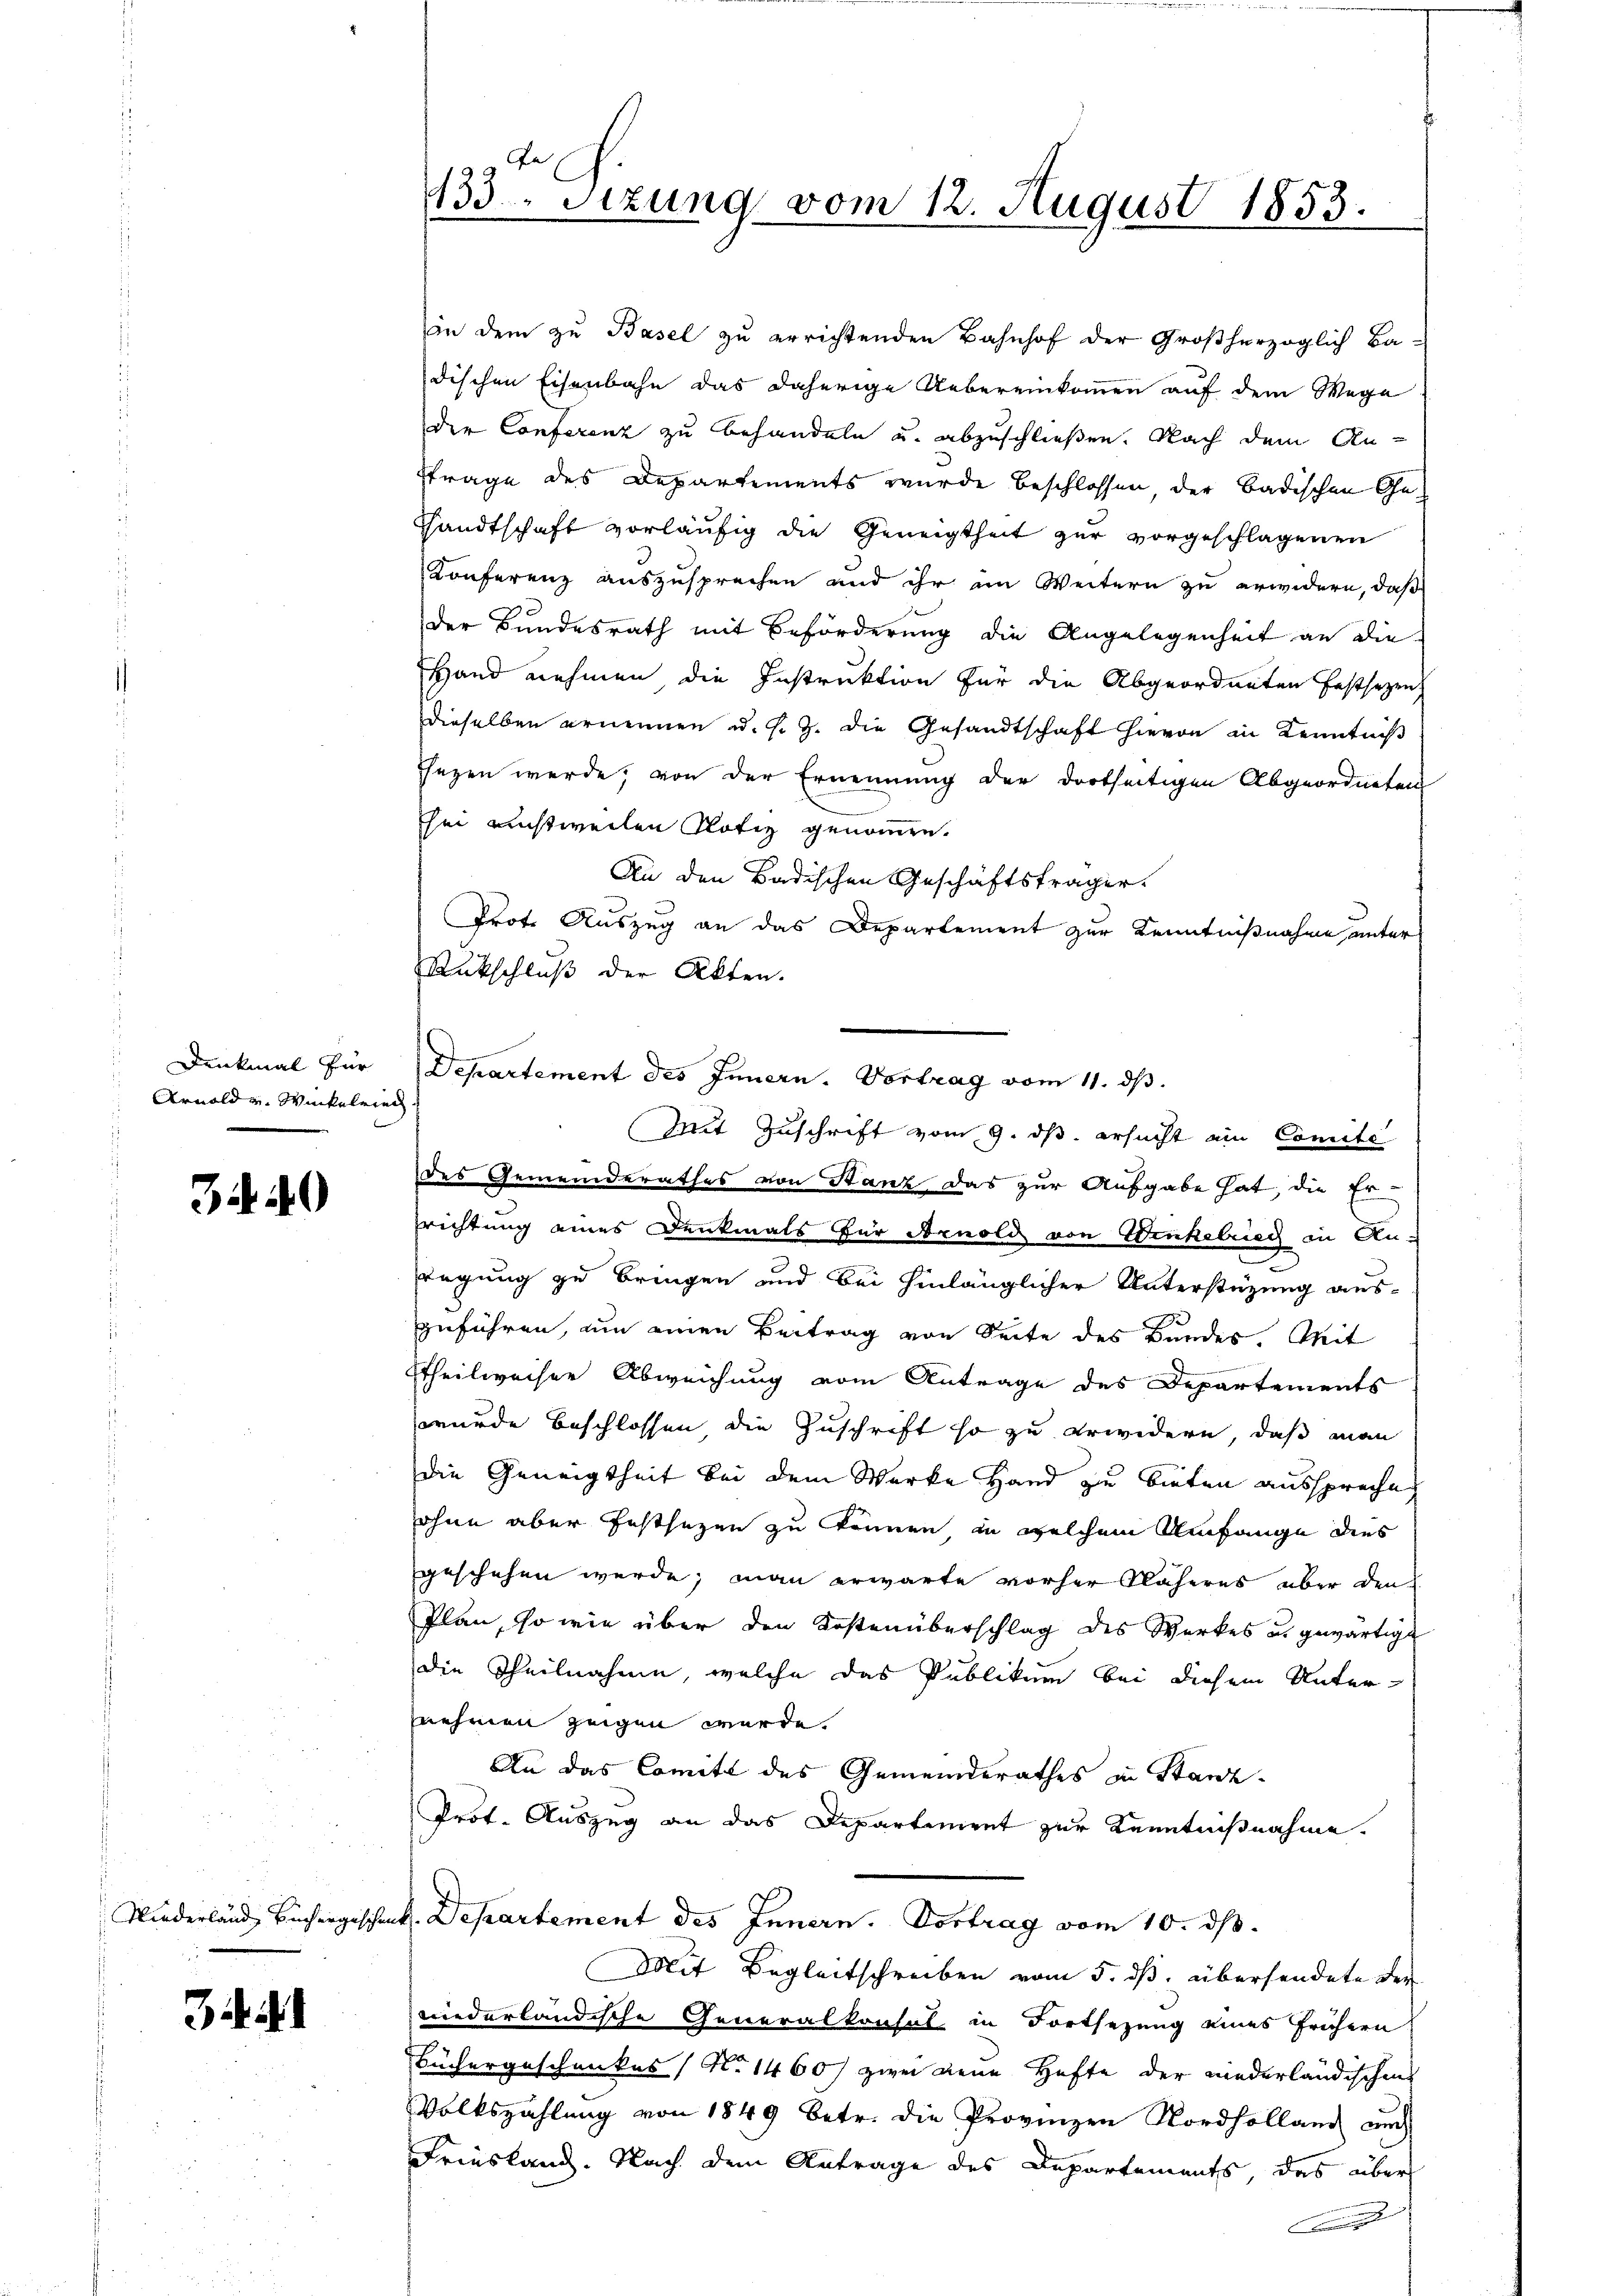
Denkmal für
Arnold u. Winkelried

34. 40

133. Sitzung vom 12. August 1853.

an dem zu Basel zu errichtenden Bahnhof der Großherzoglich Ba-
dischen Eisenbahn das daherige Uebereinkommen auf dem Wege
der Conferenz zu behandeln u. abzuschließen. Nach dem An-
ftrage des Departements wurde beschlossen, der badischen Ge¬
Sandtschaft vorläufig die Geneigtheit zur vorgeschlagenen
Conferenz auszusprechen und ihr im Weitern zu erwidern, daß
der Bundesrath mit Beförderung die Angelegenheit an die
Hand nehmen die Instruktion für die Abgeordneten festsezen,
dieselben ernennen u. s. Z. die Gesandtschaft hievon in Kenntniß
Ehezen werde, von der Ernennung der dortseitigen Abgeordneten
sei nichtweilen Notiz genommen.
An den Badischen Geschäftsträger.
Prot. Auszug an das Departement zur Kenntnißnahme unter
Rückschluß der Akten.
Departement des Innern. Vortrag vom 11. ds.
des Gemeinderathes von Stanz das zur Aufgabe hat, die Er
frichtung eines Denkmals für Arnold von Winkelriech in Anfregung zu bringen und bei hinlänglicher Unterstüzung auszuführen, um einen Beitrag von Seite des Bundes. Mit
ttheilweiser Abweichung vom Antrage des Departements
wurde beschlossen die Zuschrift so zu erwidern, daß man
die Geneigtheit bei dem Werke Hand zu bieten ausspreche
ohne aber Festsezen zu können, in welchem Umfange dies
geschehen werde; man erwarte vorher Näheres über den
Plan, so wie über den Kostenüberschlag des Werkes u. gewärtige
die Theilnahme, welche das Publikum bei diesem Unter-
nehmen zeigen würde.
An das Comité des Gemeinderathes in Stanz¬
Prot. Auszug an das Departement zur Kenntnißnahme.
Niederland Büchergeschenk. Departement des Innern. Vortrag vom 10. dβ.
Mit Begleitschreiben vom 5. ds. übersendete der
einderländische Generalkonsul in Fortsezung eines frühern
Büchergeschenkes No 1460 f zwei dene Hafte der niederländischen
Volkszahlung von 1849 betr. die Provinzen Nordholland auch
Friesland. Nach dem Antrage des Departements, das über

Mit Zuschrift vom 9. ds. ersucht ein Comité